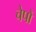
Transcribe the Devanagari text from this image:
चेपों